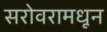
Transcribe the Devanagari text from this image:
सरोवरामधून